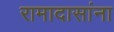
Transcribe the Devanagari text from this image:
रामादासांना